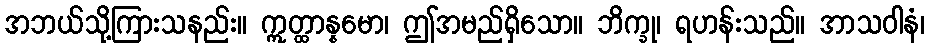
အဘယ်သို့ကြားသနည်း။ ဣတ္ထာန္နမော၊ ဤအမည်ရှိသော။ ဘိက္ခု၊ ရဟန်းသည်။ အာသဝါနံ၊